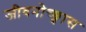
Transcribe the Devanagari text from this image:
जीवनोच्छ्वास